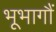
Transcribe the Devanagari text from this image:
भूभागौं